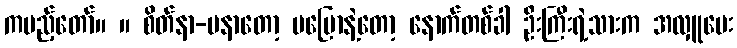
ကပည့်တော်။ ။ စိတ်နာ-မနာတော့ မပြောနဲ့တော့ နောက်တစ်ခါ ဦးကြီးရဲ့သားက အလှူပေး